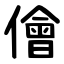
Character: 儈